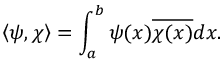
\left\langle \psi , \chi \right\rangle = \int _ { a } ^ { b } \psi ( x ) { \overline { { \chi ( x ) } } } d x .